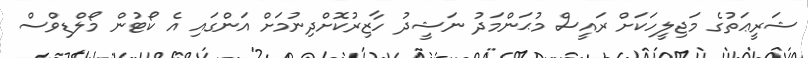
ޝަރީޢަތުގެ މަޖިލީހަކަށް ރައީސް މުޙަންމަދު ނަޝީދު ހާޒިރުކޮށްދިނުމަށް އަންގައި އެ ކޯޓުން މޯލްޑިވްސް